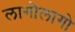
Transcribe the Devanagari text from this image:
लागोलागो